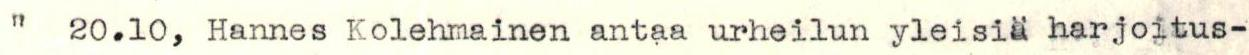
"  20.10, Hannes Kolehmainen antaa urheilun yleisiä harjoitus-